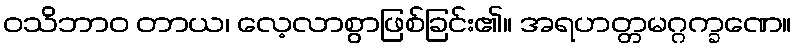
ဝသိဘာဝ တာယ၊ လေ့လာစွာဖြစ်ခြင်း၏။ အရဟတ္တမဂ္ဂက္ခဏေ။